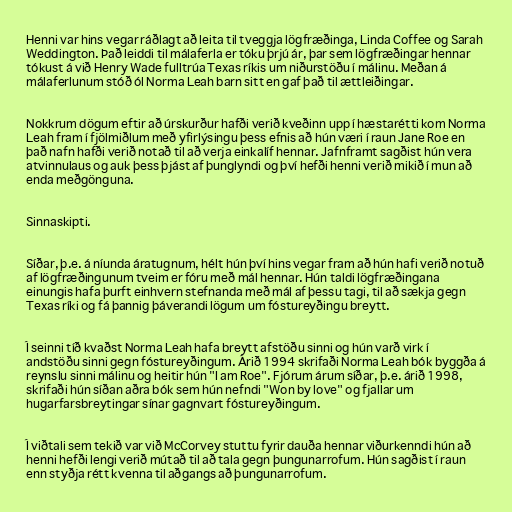
Henni var hins vegar ráðlagt að leita til tveggja lögfræðinga, Linda Coffee og Sarah
Weddington. Það leiddi til málaferla er tóku þrjú ár, þar sem lögfræðingar hennar
tókust á við Henry Wade fulltrúa Texas ríkis um niðurstöðu í málinu. Meðan á
málaferlunum stóð ól Norma Leah barn sitt en gaf það til ættleiðingar.

Nokkrum dögum eftir að úrskurður hafði verið kveðinn upp í hæstarétti kom Norma
Leah fram í fjölmiðlum með yfirlýsingu þess efnis að hún væri í raun Jane Roe en
það nafn hafði verið notað til að verja einkalíf hennar. Jafnframt sagðist hún vera
atvinnulaus og auk þess þjást af þunglyndi og því hefði henni verið mikið í mun að
enda meðgönguna.

Sinnaskipti.

Síðar, þ.e. á níunda áratugnum, hélt hún því hins vegar fram að hún hafi verið notuð
af lögfræðingunum tveim er fóru með mál hennar. Hún taldi lögfræðingana
einungis hafa þurft einhvern stefnanda með mál af þessu tagi, til að sækja gegn
Texas ríki og fá þannig þáverandi lögum um fóstureyðingu breytt.

Í seinni tíð kvaðst Norma Leah hafa breytt afstöðu sinni og hún varð virk í
andstöðu sinni gegn fóstureyðingum. Árið 1994 skrifaði Norma Leah bók byggða á
reynslu sinni málinu og heitir hún "I am Roe". Fjórum árum síðar, þ.e. árið 1998,
skrifaði hún síðan aðra bók sem hún nefndi "Won by love" og fjallar um
hugarfarsbreytingar sínar gagnvart fóstureyðingum.

Í viðtali sem tekið var við McCorvey stuttu fyrir dauða hennar viðurkenndi hún að
henni hefði lengi verið mútað til að tala gegn þungunarrofum. Hún sagðist í raun
enn styðja rétt kvenna til aðgangs að þungunarrofum.